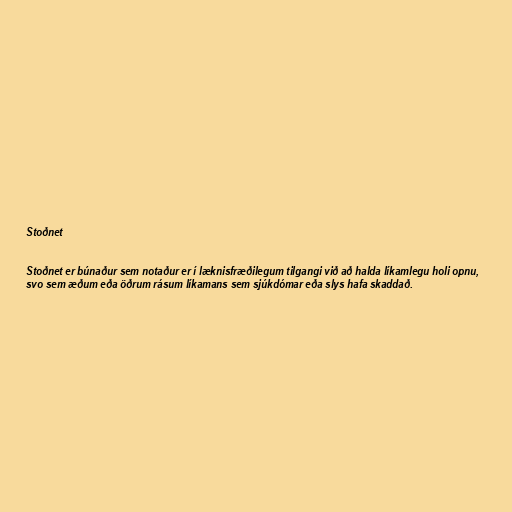
Stoðnet

Stoðnet er búnaður sem notaður er í læknisfræðilegum tilgangi við að halda líkamlegu holi opnu,
svo sem æðum eða öðrum rásum líkamans sem sjúkdómar eða slys hafa skaddað.